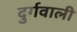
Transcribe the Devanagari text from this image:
दुर्गवाली